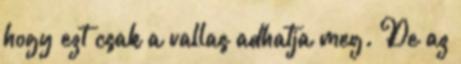
hogy ezt csak a vallas adhatja meg. De az